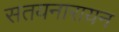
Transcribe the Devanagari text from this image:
सतयनारायन